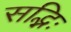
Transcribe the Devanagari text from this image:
सद्भिः